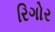
રિગોર